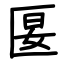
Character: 匽